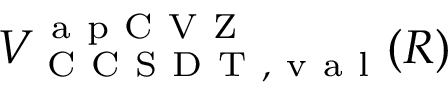
V _ { \mathrm { ~ C ~ C ~ S ~ D ~ T ~ , ~ v ~ a ~ l ~ } } ^ { \mathrm { ~ a ~ p ~ C ~ V ~ Z ~ } } ( R )